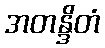
အတန္ဒိတံ